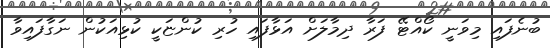
ބުނެފައި މިވަނީ ކޯއްޓޭ ފަރާ ދިމާލަށް އަޅާފައި ހުރި ކުންޏަކީ ކުޅިއަކުން ނަގާފައިވާ